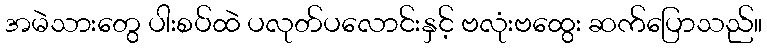
အမဲသားတွေ ပါးစပ်ထဲ ပလုတ်ပလောင်းနှင့် ဗလုံးဗထွေး ဆက်ပြောသည်။